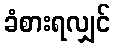
ခံစားရလျှင်